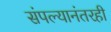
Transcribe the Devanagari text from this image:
संपल्यानंतरही